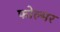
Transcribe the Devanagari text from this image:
फोल्मर